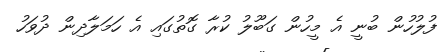
ފުލުހުން ބުނީ އެ މީހުން ގަބޫލު ކުރާ ގޮތުގައި އެ ހަމަލާދިން ދުވަހު